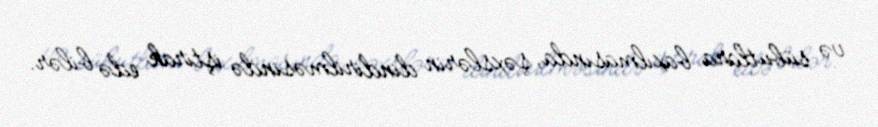
və sübutlara baxılmasında, şəxslərin dindirilməsində iştirak edə bilər.